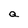
Character: a